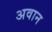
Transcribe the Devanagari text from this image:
अवान